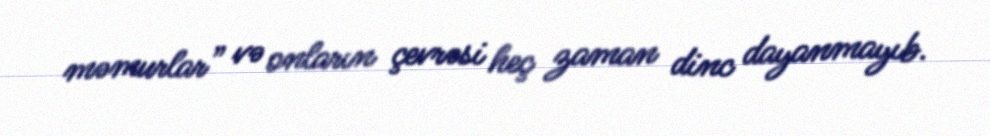
məmurlar” və onların çevrəsi heç zaman dinc dayanmayıb.